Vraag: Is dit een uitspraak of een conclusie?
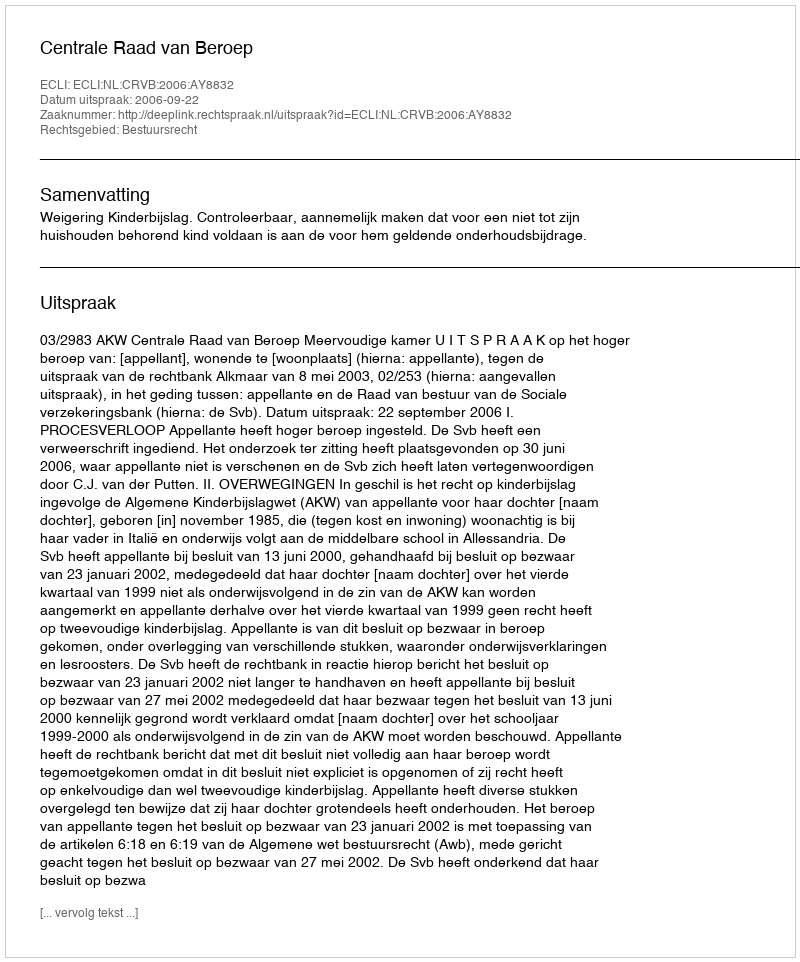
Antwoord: Uitspraak